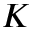
K